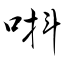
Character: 唞